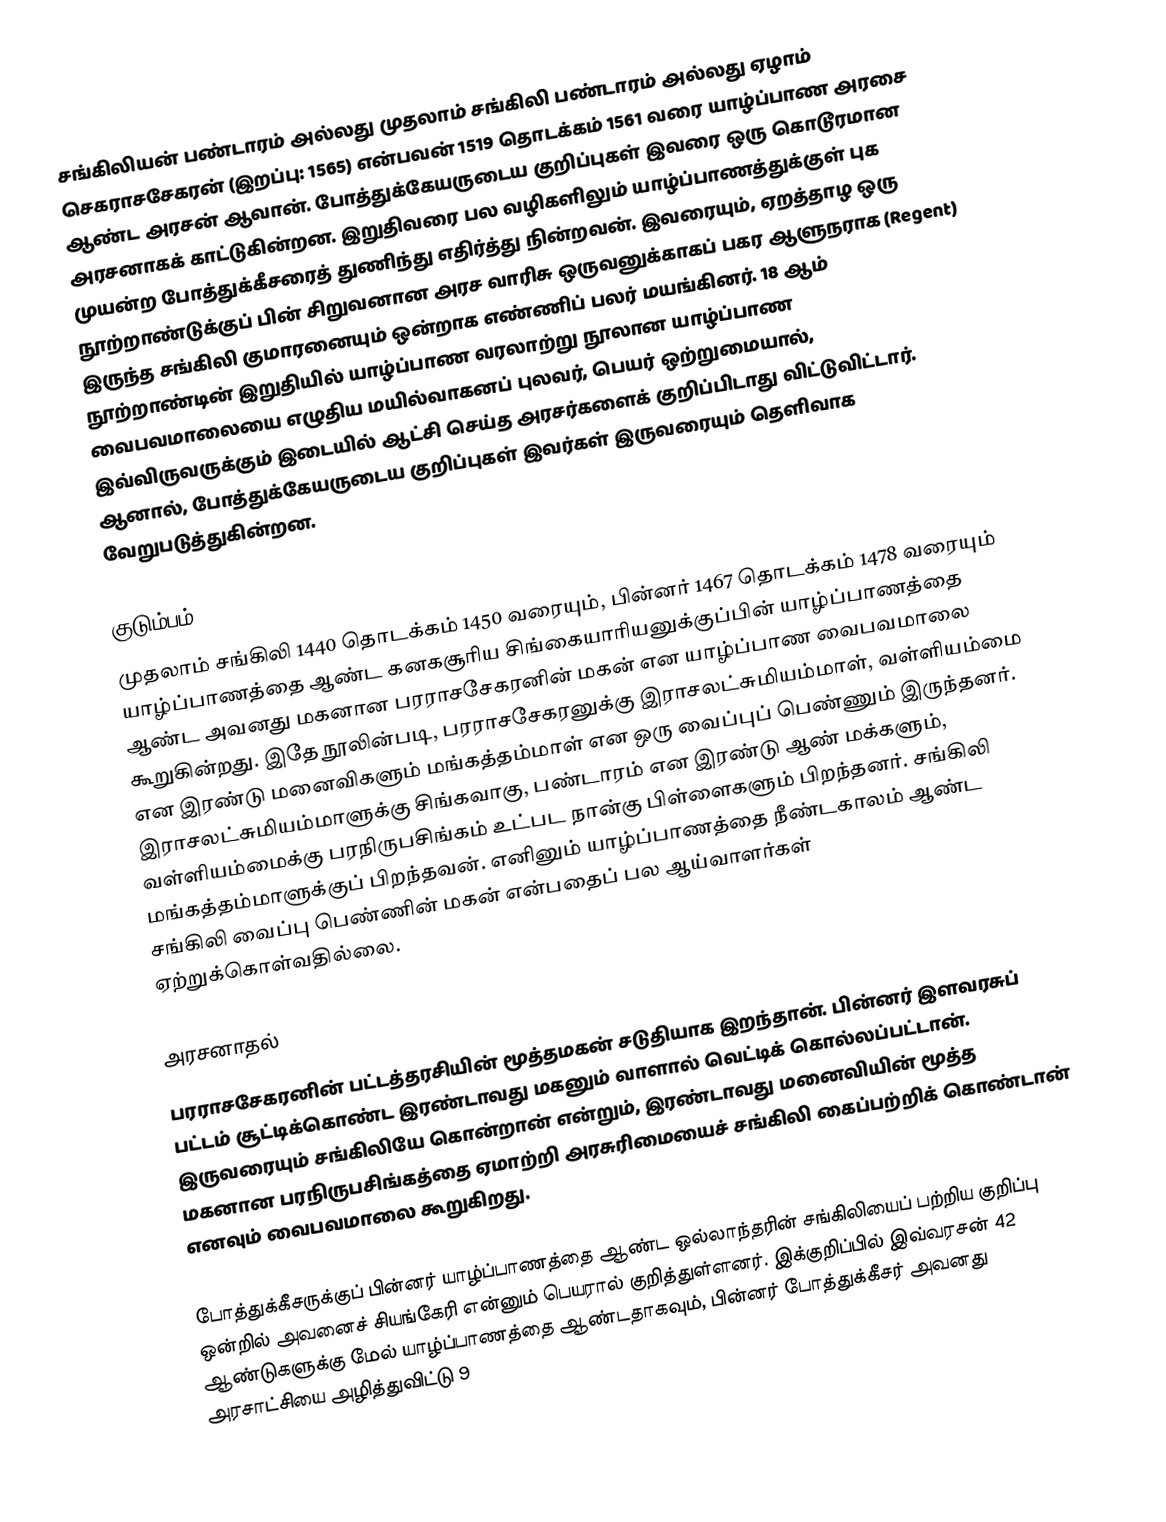
சங்கிலியன் பண்டாரம் அல்லது முதலாம் சங்கிலி பண்டாரம் அல்லது ஏழாம் செகராசசேகரன் (இறப்பு: 1565) என்பவன் 1519 தொடக்கம் 1561 வரை யாழ்ப்பாண அரசை ஆண்ட அரசன் ஆவான். போத்துக்கேயருடைய குறிப்புகள் இவரை ஒரு கொடூரமான அரசனாகக் காட்டுகின்றன. இறுதிவரை பல வழிகளிலும் யாழ்ப்பாணத்துக்குள் புக முயன்ற போத்துக்கீசரைத் துணிந்து எதிர்த்து நின்றவன். இவரையும், ஏறத்தாழ ஒரு நூற்றாண்டுக்குப் பின் சிறுவனான அரச வாரிசு ஒருவனுக்காகப் பகர ஆளுநராக (Regent) இருந்த சங்கிலி குமாரனையும் ஒன்றாக எண்ணிப் பலர் மயங்கினர். 18 ஆம் நூற்றாண்டின் இறுதியில் யாழ்ப்பாண வரலாற்று நூலான யாழ்ப்பாண வைபவமாலையை எழுதிய மயில்வாகனப் புலவர், பெயர் ஒற்றுமையால், இவ்விருவருக்கும் இடையில் ஆட்சி செய்த அரசர்களைக் குறிப்பிடாது விட்டுவிட்டார். ஆனால், போத்துக்கேயருடைய குறிப்புகள் இவர்கள் இருவரையும் தெளிவாக வேறுபடுத்துகின்றன.

குடும்பம்
முதலாம் சங்கிலி 1440 தொடக்கம் 1450 வரையும், பின்னர் 1467 தொடக்கம் 1478 வரையும் யாழ்ப்பாணத்தை ஆண்ட கனகசூரிய சிங்கையாரியனுக்குப்பின் யாழ்ப்பாணத்தை ஆண்ட அவனது மகனான பரராசசேகரனின் மகன் என யாழ்ப்பாண வைபவமாலை கூறுகின்றது. இதே நூலின்படி, பரராசசேகரனுக்கு இராசலட்சுமியம்மாள், வள்ளியம்மை என இரண்டு மனைவிகளும் மங்கத்தம்மாள் என ஒரு வைப்புப் பெண்ணும் இருந்தனர்.  இராசலட்சுமியம்மாளுக்கு சிங்கவாகு, பண்டாரம் என இரண்டு ஆண் மக்களும், வள்ளியம்மைக்கு பரநிருபசிங்கம் உட்பட நான்கு பிள்ளைகளும் பிறந்தனர். சங்கிலி மங்கத்தம்மாளுக்குப் பிறந்தவன். எனினும் யாழ்ப்பாணத்தை நீண்டகாலம் ஆண்ட சங்கிலி வைப்பு பெண்ணின் மகன் என்பதைப் பல ஆய்வாளர்கள் ஏற்றுக்கொள்வதில்லை.

அரசனாதல்
பரராசசேகரனின் பட்டத்தரசியின் மூத்தமகன் சடுதியாக இறந்தான். பின்னர் இளவரசுப் பட்டம் சூட்டிக்கொண்ட இரண்டாவது மகனும் வாளால் வெட்டிக் கொல்லப்பட்டான். இருவரையும் சங்கிலியே கொன்றான் என்றும், இரண்டாவது மனைவியின் மூத்த மகனான பரநிருபசிங்கத்தை ஏமாற்றி அரசுரிமையைச் சங்கிலி கைப்பற்றிக் கொண்டான் எனவும் வைபவமாலை கூறுகிறது.

போத்துக்கீசருக்குப் பின்னர் யாழ்ப்பாணத்தை ஆண்ட ஒல்லாந்தரின் சங்கிலியைப் பற்றிய குறிப்பு ஒன்றில் அவனைச் சியங்கேரி என்னும் பெயரால் குறித்துள்ளனர். இக்குறிப்பில் இவ்வரசன் 42 ஆண்டுகளுக்கு மேல் யாழ்ப்பாணத்தை ஆண்டதாகவும், பின்னர் போத்துக்கீசர் அவனது அரசாட்சியை அழித்துவிட்டு 9